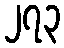
၂၇၃